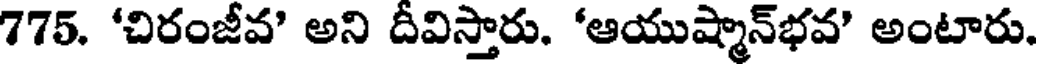
775. 'చిరంజీవ' అని దీవిస్తారు. 'ఆయుష్మాన్భవ' అంటారు.